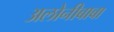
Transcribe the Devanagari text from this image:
अलोनीबाबा